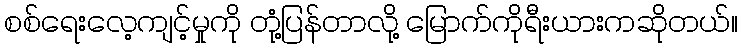
စစ်ရေးလေ့ကျင့်မှုကို တုံ့ပြန်တာလို့ မြောက်ကိုရီးယားကဆိုတယ်။